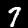
Digit: 7